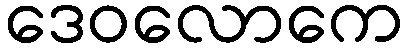
ဒေဝလောကေ